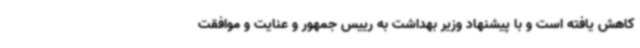
کاهش یافته است و با پیشنهاد وزیر بهداشت به رییس جمهور و عنایت و موافقت